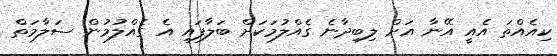
ކިއެއްތަ އެއީ އޭނާ އަށް ލިބިދާނެ ގެއްލުމަކަށް ބަލާފައި އެ ގެއްލުމުން ސަލާމަތް